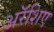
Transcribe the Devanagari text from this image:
अरॅशिए